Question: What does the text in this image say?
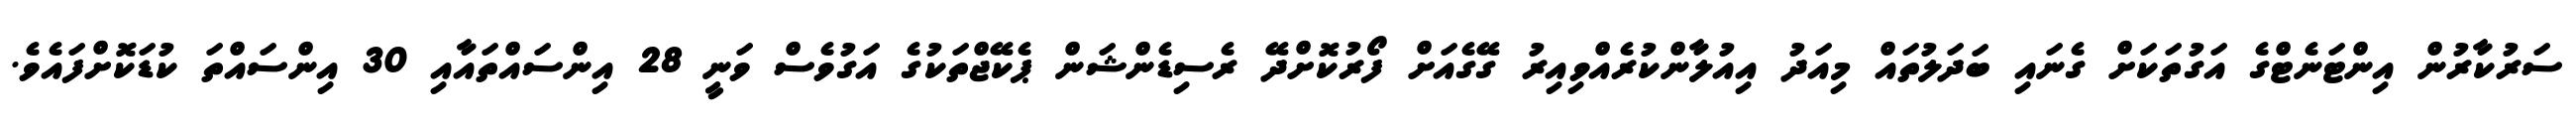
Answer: ސަރުކާރުން އިންޓަނެޓްގެ އަގުތަކަށް ގެނައި ބަދަލުތައް މިއަދު އިއުލާންކުރެއްވިއިރު ގޭގެއަށް ފޯރުކޮށްދޭ ރެސިޑެންޝަން ޕެކޭޖްތަކުގެ އަގުވެސް ވަނީ 28 އިންސައްތައާއި 30 އިންސައްތަ ކުޑަކޮށްފައެވެ.